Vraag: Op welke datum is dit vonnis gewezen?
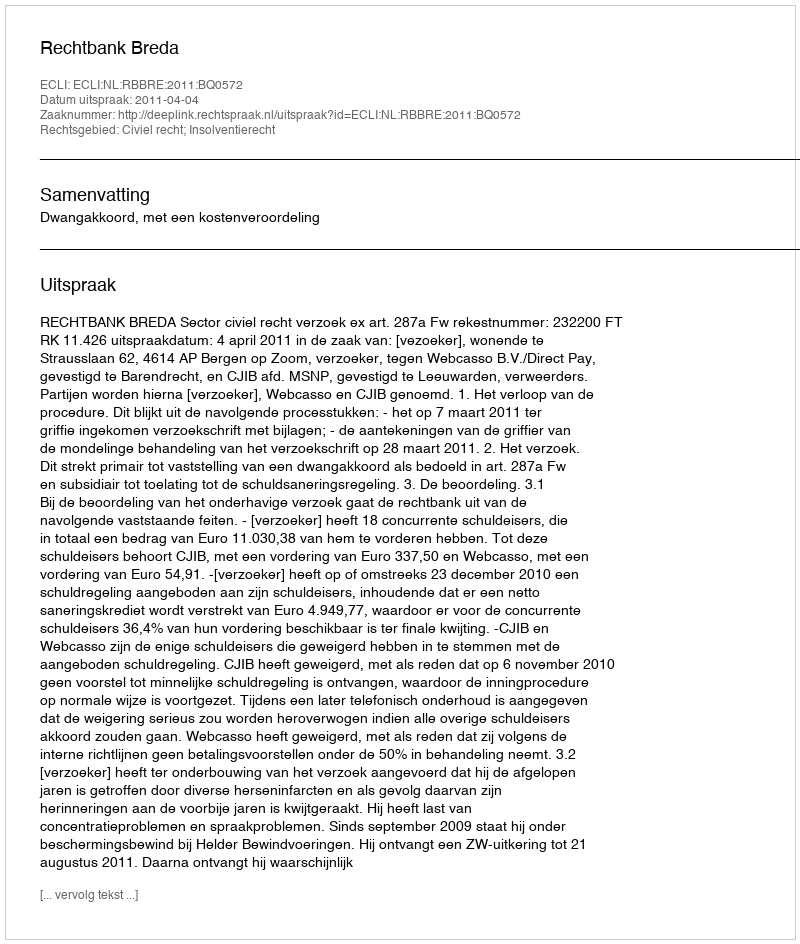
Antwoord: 2011-04-04